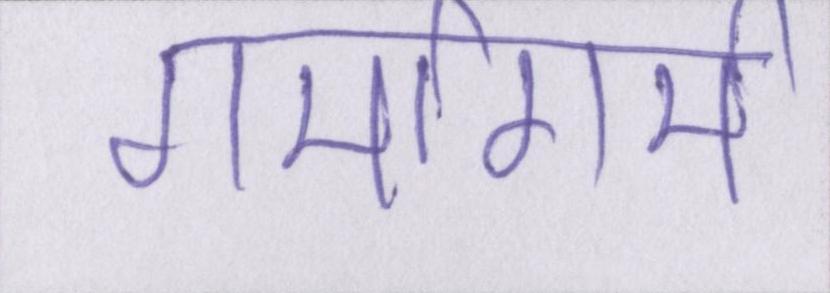
गर्मागर्म